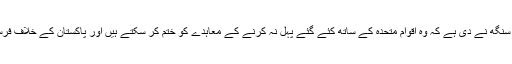
یہ دھمکی تو بھارت کے وزیر دفاع راجناتھ سنگھ نے دی ہے کہ وہ اقوام متحدہ کے ساتھ کئے گئے پہل نہ کرنے کے معاہدے کو ختم کر سکتے ہیں اور پاکستان کے خلاف فرسٹ اسٹرائیک کا حق استعمال کر سکتے ہیں۔